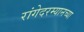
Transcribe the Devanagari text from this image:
रांगेदरम्यानच्या